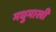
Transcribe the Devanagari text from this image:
मधुमाखी